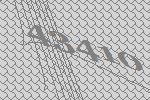
43410